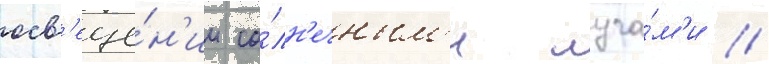
осв'еще́н'ии со́лн'ечным'и луча́м'и //